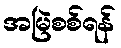
အမြဲစစ်ရန်